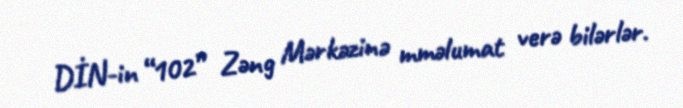
DİN-in “102” Zəng Mərkəzinə mməlumat verə bilərlər.